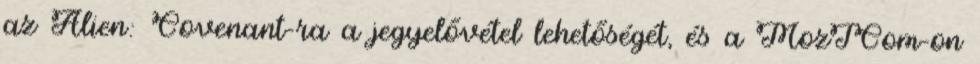
az Alien: Covenant-ra a jegyelővétel lehetőségét, és a MozICom-on